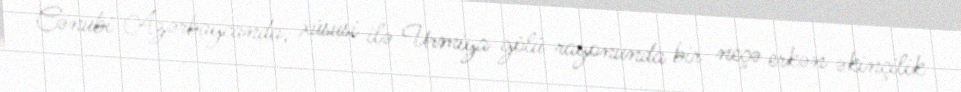
Cənubi Azərbaycanda, xüsusi ilə Urmiya gölü rayonunda bir neçə erkən əkinçilik